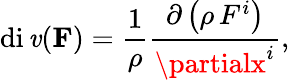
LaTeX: \operatorname{di\mathit{v}}(\mathbf{{F}})={\frac{{1}}{{\rho}}}{\frac{{\partial\left(\rho\, F^{i}\right)}}{{\partialx^{i}}}},